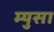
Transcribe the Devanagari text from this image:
म्युसा